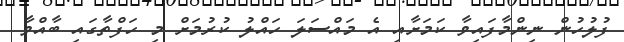
ފުލުހުން ނިންމާފައިވާ ކަމަށާއި އެ މައްސަލަ ހައްލު ކުރުމަށް މި ހަފްތާގައި ބާއްވާ